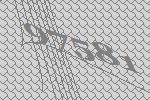
97581